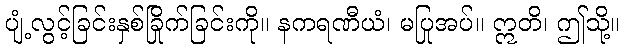
ပျံ့လွင့်ခြင်းနှစ်ခြိုက်ခြင်းကို။ နကရဏီယံ၊ မပြုအပ်။ ဣတိ၊ ဤသို့။